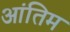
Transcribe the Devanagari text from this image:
आंतिम